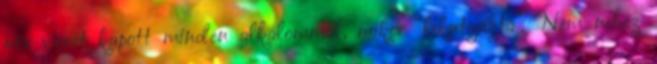
nős viccet kapott minden alkalommal, mikor "lekutyázta". "Nem nehéz